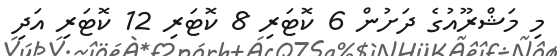
މި މަޝްރޫއުގެ ދަށުން 6 ކޮޓަރި 8 ކޮޓަރި 12 ކޮޓަރި އަދި